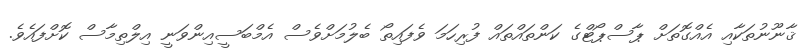
ޤާނޫނުތަކާއި އެއްގޮތަށް ޕާސްޕޯޓްގެ ކަންތައްތައް ފުރިހަމަ ވެފައިތޯ ބެލުމަށްވެސް އެމްބަސީއިންވަނީ އިލްތިމާސް ކޮށްފައެވެެ.